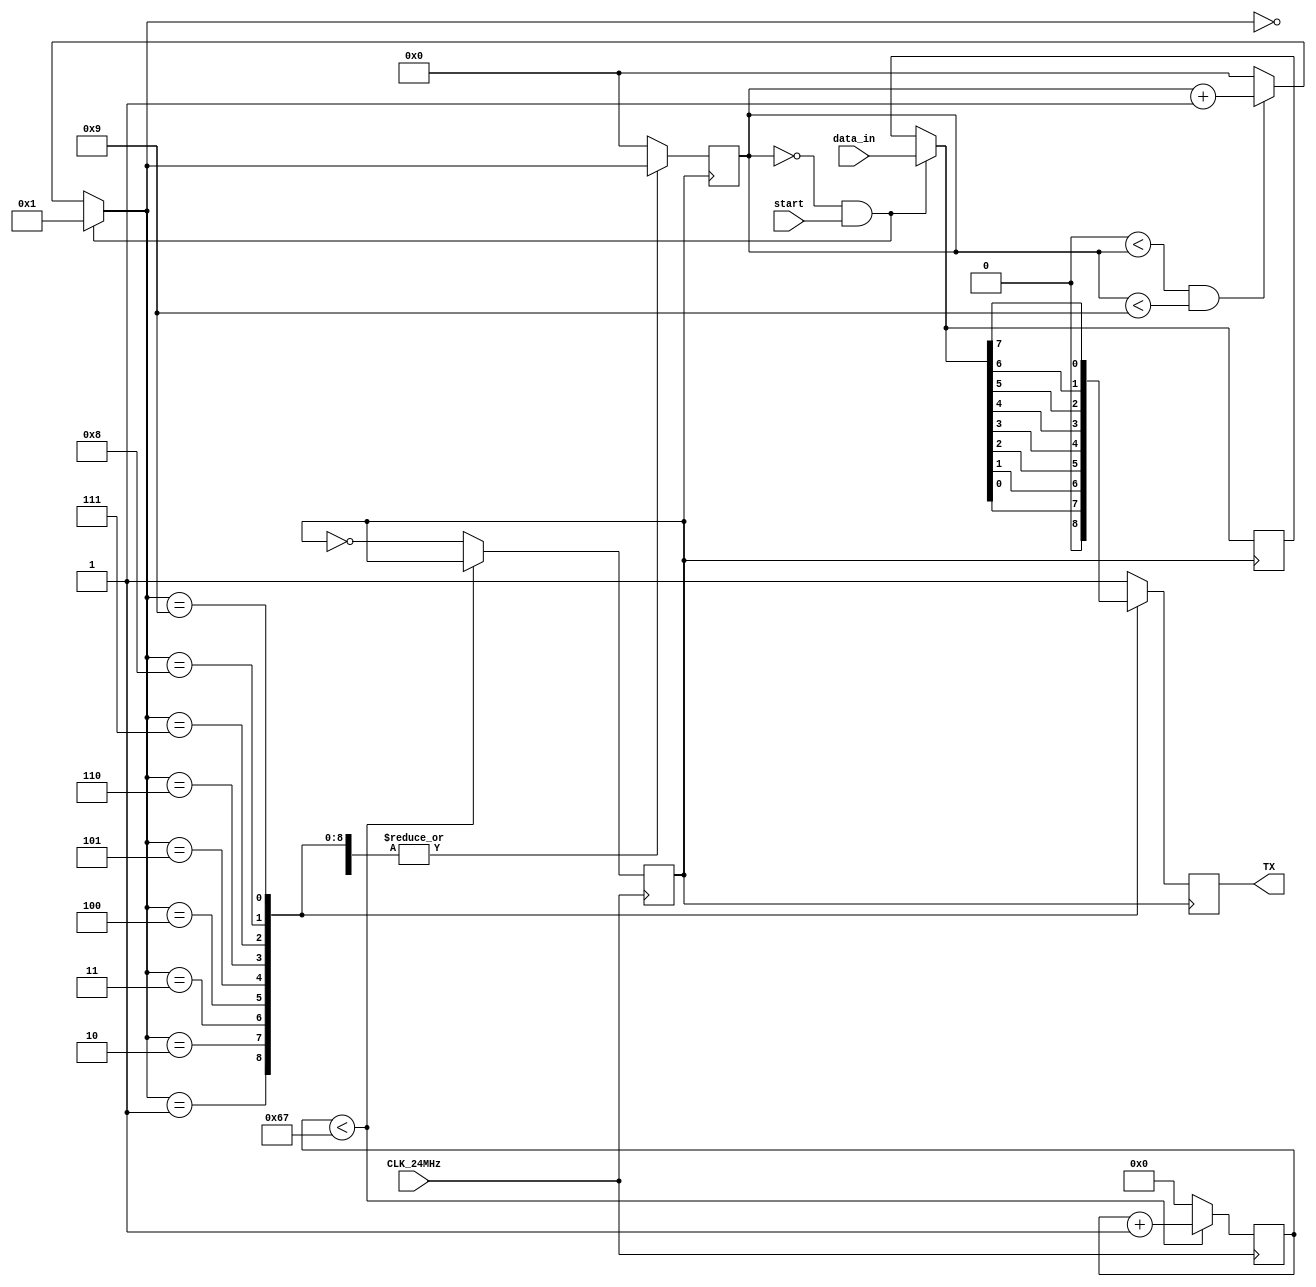
module UART_TX (input CLK_24MHz,
                input [7: 0] data_in,
                input start,           // 
                output reg TX = 1'b1);
    
    //  UART :  115384.61: 8: 
    
    reg [6: 0] counter = 'd0;         // 208  115384.61 
    reg clk_uart       = 1'b0;        // 
    
    reg [3: 0] state       = 'd0;     // 0: 1: 2 ~ 9: 10: 
    reg [7: 0] data_buffer = 8'd0;    // start  data_in 
    
    always @(posedge CLK_24MHz) begin // 208 
        if (counter < 'd103) begin
            counter = counter + 1;
        end
        else begin
            counter  = 'd0;
            clk_uart = ~clk_uart;
        end
    end
    
    always @(posedge clk_uart) begin
        if (state == 'd0 && start == 1'b1) begin
            state       = 1;
            data_buffer = data_in;
        end
        else if ('d0 < state && state < 'd9) begin
            state = state + 1;
        end
        else begin
            state = 0;
        end
        
        case (state)
            'd0: TX = 1'b1;
            'd1: TX = 1'b0;
            'd2: TX = data_buffer[0];
            'd3: TX = data_buffer[1];
            'd4: TX = data_buffer[2];
            'd5: TX = data_buffer[3];
            'd6: TX = data_buffer[4];
            'd7: TX = data_buffer[5];
            'd8: TX = data_buffer[6];
            'd9: TX = data_buffer[7];
            default: begin
                TX    = 1'b1;
                state = 0;
            end
        endcase
        
    end
    
endmodule